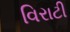
વિરાટી